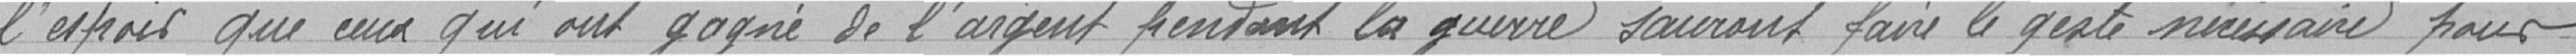
l’esprit que ceux qui ont gagné de l'argent pendant la guerre sauront faire le geste nécessaire pour